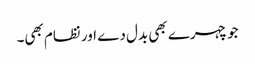
جو چہرے بھی بدل دے اور نظام بھی۔